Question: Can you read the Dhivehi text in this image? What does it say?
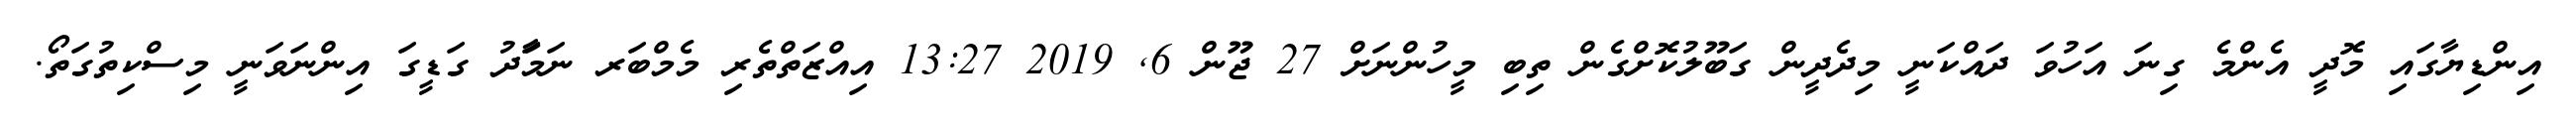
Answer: އިންޑިޔާގައި މޮދީ އެންމެ ގިނަ އަހުވަ ދައްކަނީ މިދެދީން ގަބޫލުކޮށްގެން ތިބި މީހުންނަށް 27 ޖޫން 6, 2019 13:27 އިއްޒަތްތެރި މެމްބަރ ނަމަާދު ގަޑީގަ އިންނަވަނީ މިސްކިތުގަތޯ.